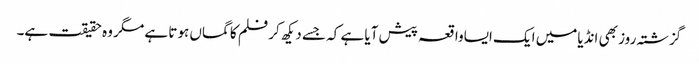
گزشتہ روز بھی انڈیامیں ایک ایساواقعہ پیش آیا ہے کہ جسے دیکھ کر فلم کا گماں ہوتا ہے مگر وہ حقیقت ہے۔